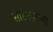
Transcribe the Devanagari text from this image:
सारंगपूरच्या